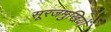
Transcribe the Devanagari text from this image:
सूरजमुखियों